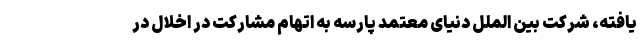
یافته، شرکت بین الملل دنیای معتمد پارسه به اتهام مشارکت در اخلال در